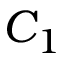
C _ { 1 }